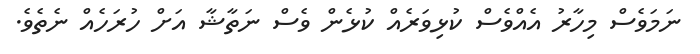
ނަމަވެސް މިހާރު އެއްވެސް ކުޅިވަރެއް ކުޅެން ވެސް ނަތާޝާ އަށް ހުރަހެއް ނެތެވެ.